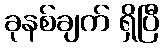
ခုနစ်ချက် ရှိပြီ